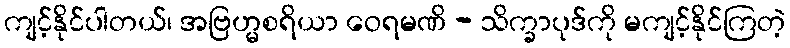
ကျင့်နိုင်ပါတယ်၊ အဗြဟ္မစရိယာ ဝေရမဏိ - သိက္ခာပုဒ်ကို မကျင့်နိုင်ကြတဲ့